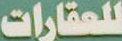
للعقارات